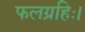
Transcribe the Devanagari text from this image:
फलग्रहिः।